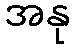
အနု